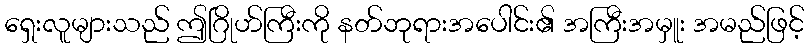
ရှေးလူများသည် ဤဂြိုဟ်ကြီးကို နတ်ဘုရားအပေါင်း၏ အကြီးအမှူး အမည်ဖြင့်